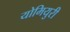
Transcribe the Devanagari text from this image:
योमियुरी